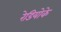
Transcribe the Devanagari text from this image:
रेडियोके